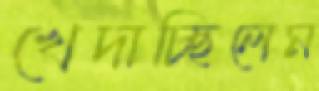
খেদাচ্ছিলেম